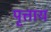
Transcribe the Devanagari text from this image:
पृत्ताय